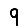
Digit: 9